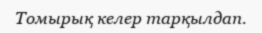
Томырық келер тарқылдап.